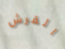
القرش